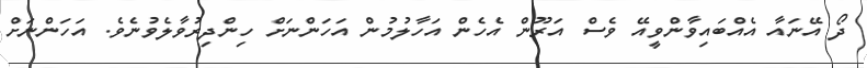
ދޯ އޭނައާ އެއްބައިވާންވީއޭ ވެސް އަރޫން އެހެން އަހާލުމުން އަހަންނަށް ހިންދިރުވާލެވުނެވެ. އަހަންނަށް